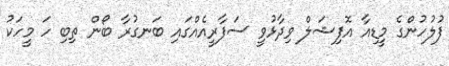
ފުލުހުންގެ މީޑިއާ އޮފިޝަލް ވިދާޅުވީ ސަފާރީއެއްގައި ބަނގުރާ ބޯން ތިބި ހަ މީހަކު